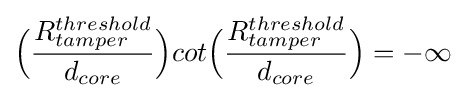
{\Bigl (}{\frac {R_{tamper}^{threshold}}{d_{core}}}{\Bigr )}cot{\Bigl (}{\frac {R_{tamper}^{threshold}}{d_{core}}}{\Bigr )}=-\infty